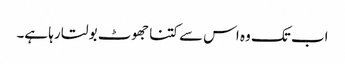
اب تک وہ اس سے کتنا جھوٹ بولتا رہا ہے۔